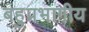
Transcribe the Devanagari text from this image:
बहुप्रभागीय